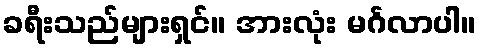
ခရီးသည်များရှင်။ အားလုံး မင်္ဂလာပါ။